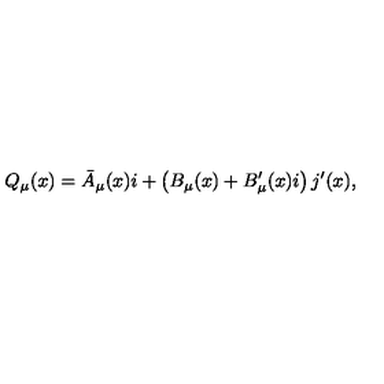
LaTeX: Q _ { \mu } ( x ) = \bar { A } _ { \mu } ( x ) i + \left( B _ { \mu } ( x ) + B _ { \mu } ^ { \prime } ( x ) i \right) j ^ { \prime } ( x ) ,